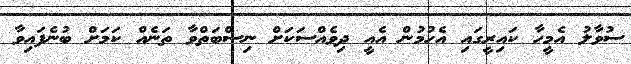
ސުވާލު އެމީހާ ކައިރީގައި އެހުމުން އެއީ ދިވެއްސަކަށް ނިސްބަތްވާ ތަނެއް ކަމަށް ބުނެފައިވާ